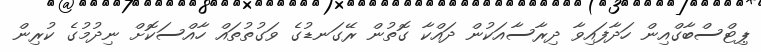
ޕިޓްސްބާގްއިން ހަދާފައިވާ ދިރާސާއަކުން ދައްކާ ގޮތުން ރޭގަނޑުގެ ވަގުތުތައް ހާއްސަކޮށް ނިދުމުގެ ކުރިން